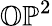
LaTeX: \mathbb{OP}^{2}